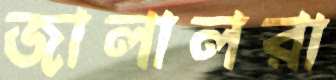
জালালরা